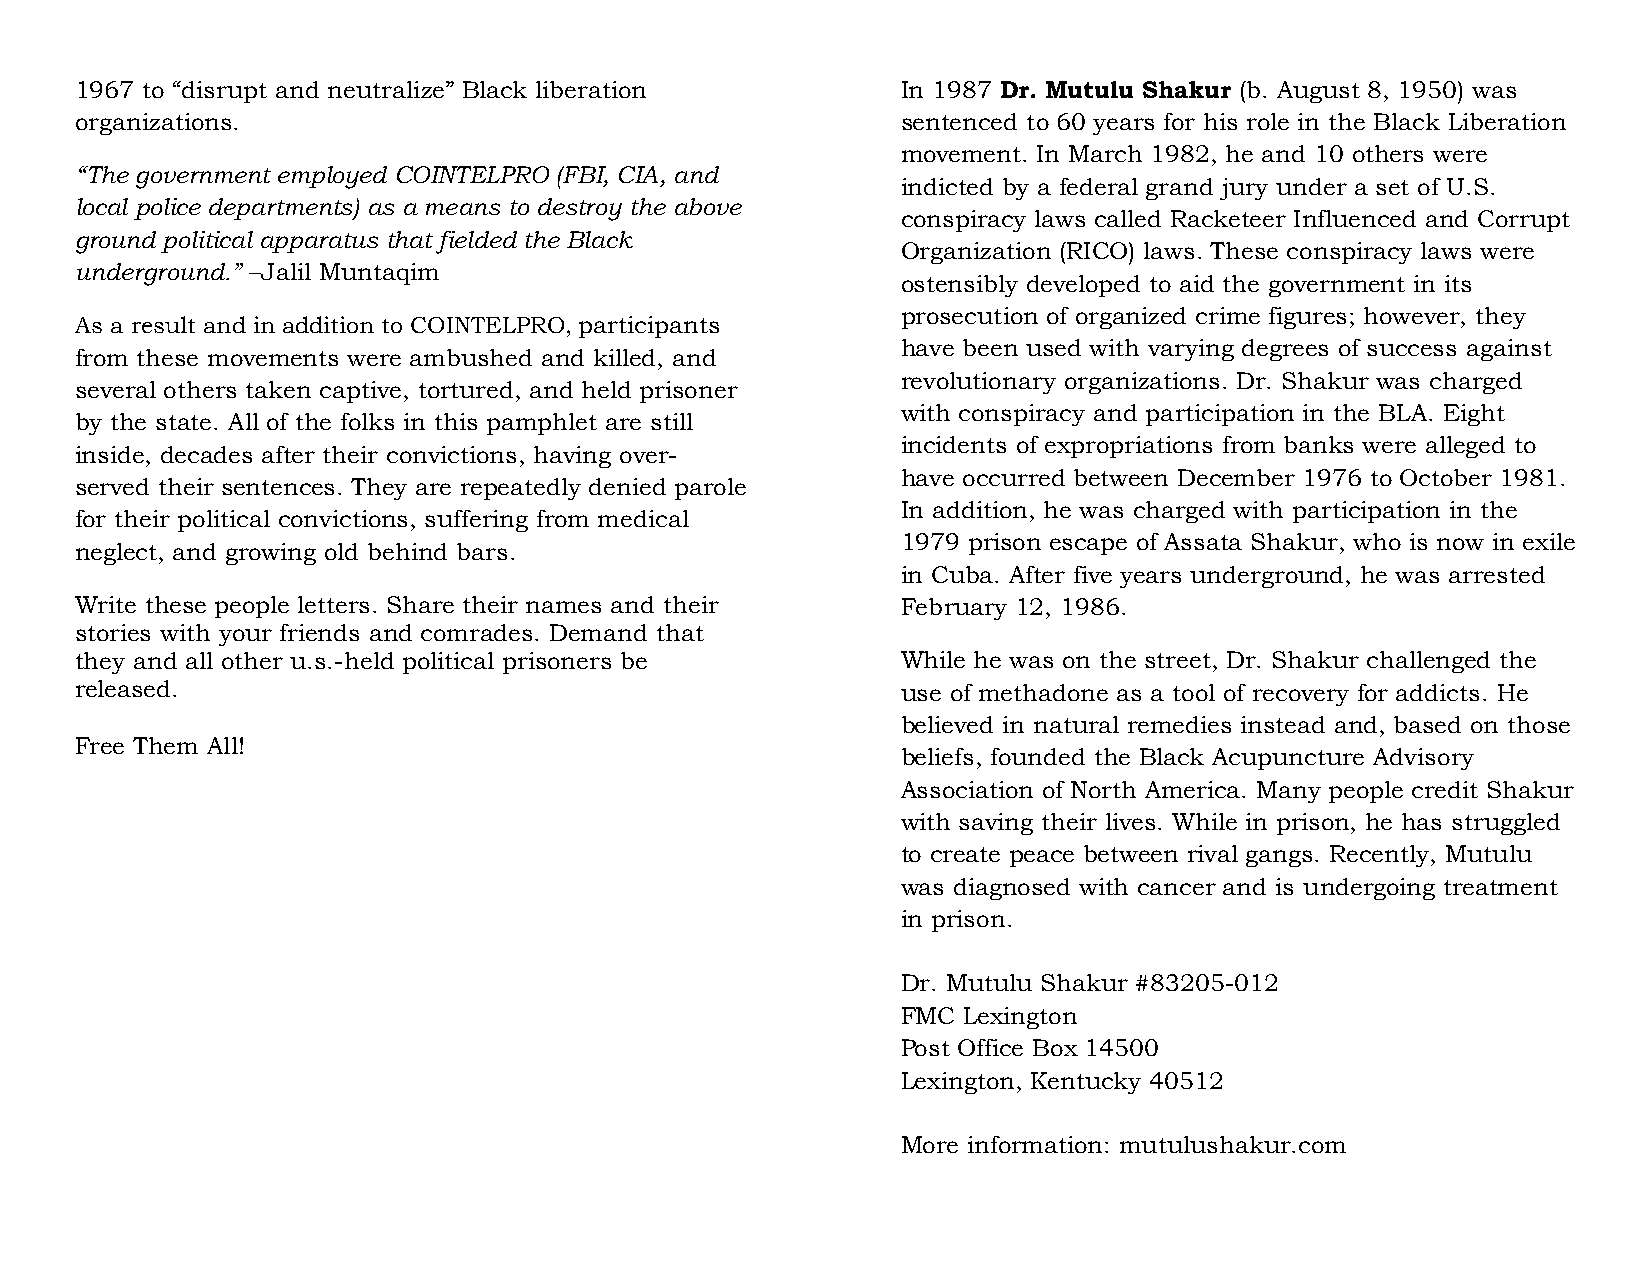
1967 to “disrupt and neutralize” Black liberation      In 1987 Dr. Mutulu Shakur (b. August 8, 1950) was
 organizations.                                         sentenced to 60 years for his role in the Black Liberation
 movement. In March 1982, he and 10 others were
 “The government employed COINTELPRO (FBI, CIA, and
 indicted by a federal grand jury under a set of U.S.
 local police departments) as a means to destroy the above
 conspiracy laws called Racketeer Influenced and Corrupt
 ground political apparatus that fielded the Black
 Organization (RICO) laws. These conspiracy laws were
 underground.” –Jalil Muntaqim
 ostensibly developed to aid the government in its
 prosecution of organized crime figures; however, they
 As a result and in addition to COINTELPRO, participants
 have been used with varying degrees of success against
 from these movements were ambushed and killed, and
 revolutionary organizations. Dr. Shakur was charged
 several others taken captive, tortured, and held prisoner
 with conspiracy and participation in the BLA. Eight
 by the state. All of the folks in this pamphlet are still
 incidents of expropriations from banks were alleged to
 inside, decades after their convictions, having over-
 have occurred between December 1976 to October 1981.
 served their sentences. They are repeatedly denied parole
 In addition, he was charged with participation in the
 for their political convictions, suffering from medical
 1979 prison escape of Assata Shakur, who is now in exile
 neglect, and growing old behind bars.
 in Cuba. After five years underground, he was arrested
 Write these people letters. Share their names and their February 12, 1986.
 stories with your friends and comrades. Demand that
 they and all other u.s.-held political prisoners be    While he was on the street, Dr. Shakur challenged the
 released.                                              use of methadone as a tool of recovery for addicts. He
 believed in natural remedies instead and, based on those
 Free Them All!
 beliefs, founded the Black Acupuncture Advisory
 Association of North America. Many people credit Shakur
 with saving their lives. While in prison, he has struggled
 to create peace between rival gangs. Recently, Mutulu
 was diagnosed with cancer and is undergoing treatment
 in prison.
 Dr. Mutulu Shakur #83205-012
 FMC Lexington
 Post Office Box 14500
 Lexington, Kentucky 40512
 More information: mutulushakur.com